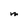
Character: m